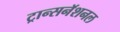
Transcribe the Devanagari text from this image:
ट्रान्सनॅशनल